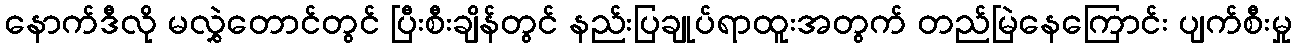
နောက်ဒီလို မလွှဲတောင်တွင် ပြီးစီးချိန်တွင် နည်းပြချုပ်ရာထူးအတွက် တည်မြဲနေကြောင်း ပျက်စီးမှု